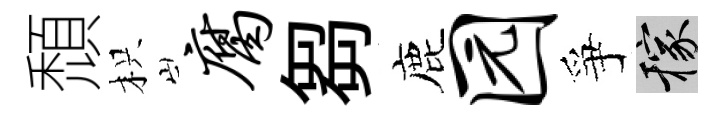
頹枳腐芻鹿园爭稼